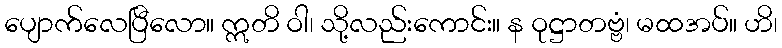
ပျောက်လေပြီလော။ ဣတိ ဝါ၊ သို့လည်းကောင်း။ န ဝုဋ္ဌာတဗ္ဗံ၊ မထအပ်။ ဟိ၊